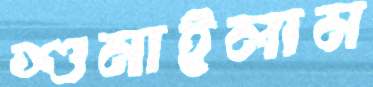
শুনাইলাম